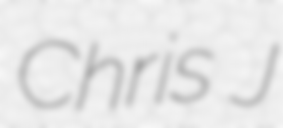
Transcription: Chris J